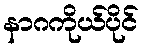
နာဂကိုယ်ပိုင်